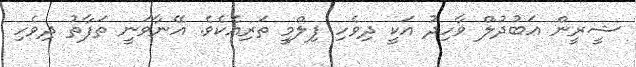
ޝީރީން ޢަބުދުލް ވާހިދު އަކީ ދިވެހި ފިލްމީ ތަރިއެކެވެ. އޭނާވަނީ ތަފާތު ދިވެހި